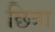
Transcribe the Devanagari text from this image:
छित्रा